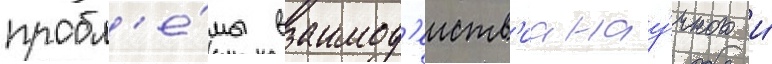
пробл'е́мы взаимод'еиств'иа нау́чного и́